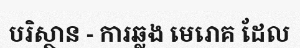
បរិស្ថាន - ការឆ្លង មេរោគ ដែល